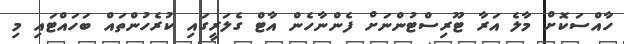
ހާއްސަކޮށް މާލެ އަރާ ޓޫރިސްޓުންނަށް ފެންނާހެން އާޓް ގެލަރީގައި ކުރެހުންތައް ބަހައްޓައި މި